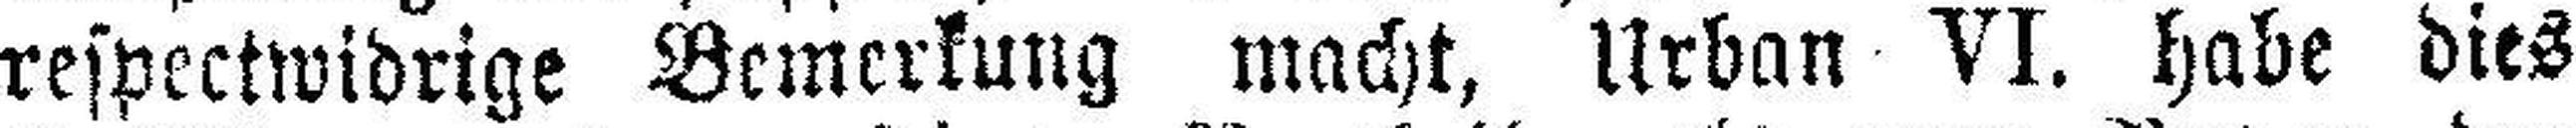
respectwidrige Bemerkung macht, Urban VI. habe dies